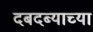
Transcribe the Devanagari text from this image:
दबदब्याच्या